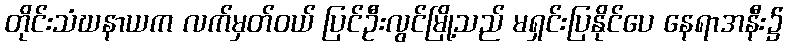
တိုင်းသံဃနာယက လက်မှတ်ဝယ် ပြင်ဦးလွင်မြို့သည် မရှင်းပြနိုင်ပေ နေရာအနီး၌